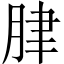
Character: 𦛌